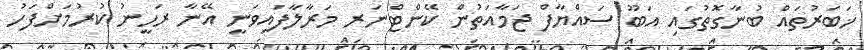
ޚަބަރުތައް ބުނާގޮތުގައި އަބޫ ސައްޔާފް ޖަމާއަތުން ކޭންޓްނަރ މަރާލާފައިވަނީ އޭނާ ރަހީނު ކުރުމަށްފަހު